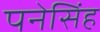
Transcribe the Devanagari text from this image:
पनेसिंह